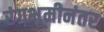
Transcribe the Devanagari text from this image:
रंगभूमीनंतर